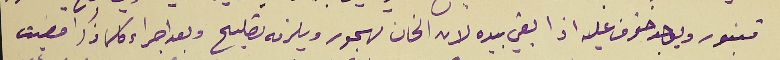
قنبور ويوجد خوف عليه اذا بقي بيده لان الخان مهجور ويلزمه تصليح وبعد اجراء كلما ذكر امضيت